Lunatic asylums Punjab 1895-1910 - 1895-1910
Year: 1895
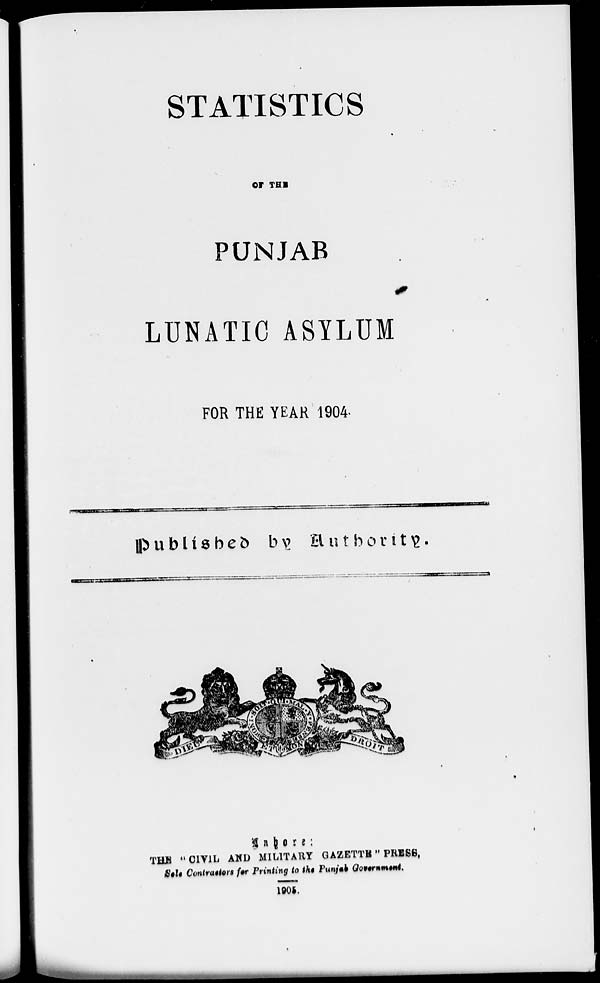
STATISTICS
OF THE
PUNJAB
LUNATIC ASYLUM
FOR THE YEAR 1904.
Published by Authority.
Lahore :
THE "CIVIL AND MILITARY GAZETTE" PRESS ,
Sale Contractors for Printing to the Punjab Government.
1905.